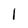
Character: l